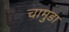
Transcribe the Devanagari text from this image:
चामुडा